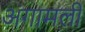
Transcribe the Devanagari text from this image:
अंगामली